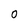
Character: 0